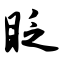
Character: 眨